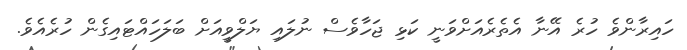
ހައިރާންވެ ހުރެ އޭނާ އެތެރެއަށްވަނީ ކަޅި ޖަހާވެސް ނުލައި ޔަލްވީއަށް ބަލަހައްޓައިގެން ހުރެއެވެ.